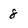
Character: 8